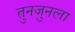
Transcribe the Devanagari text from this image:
तुनजुनला